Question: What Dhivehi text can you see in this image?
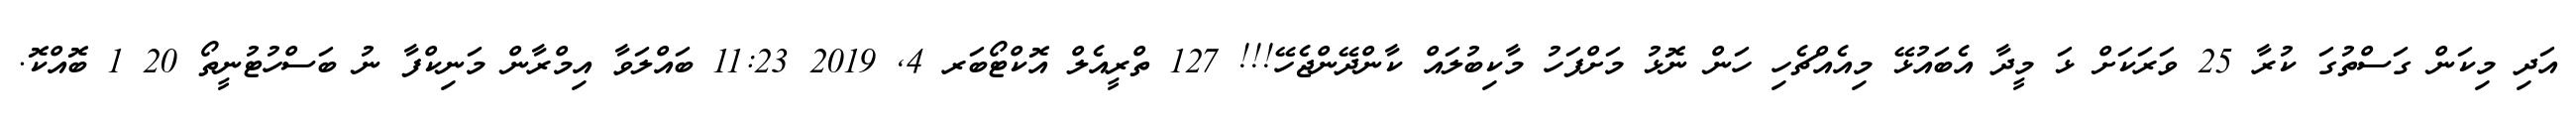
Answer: އަދި މިކަން ގަސްތުގަ ކުރާ 25 ވަރަކަށް ޅަ މީދާ އެބައުޅޭ މިއެއްޗެހި ހަން ނޮޅު މަށްފަހު މާކިބުލައް ކާންދޭންޖެހޭ!!! 127 ތްރީއެލް އޮކްޓޯބަރ 4, 2019 11:23 ބައްލަވާ އިމްރާން މަނިކްފާ ނު ބަސްހުޓުނީތޯ 20 1 ބޮއްކޮ.